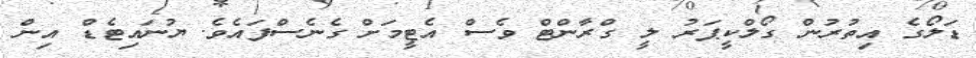
ޑަލޯގެ އިތުރުން ގޯލްކީޕަރު ލީ ގްރާންޓް ވެސް އެޓީމަށް ގެނެސްފައެވެ. ޔުނައިޓެޑް އިން